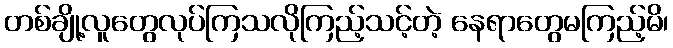
တစ်ချို့လူတွေလုပ်ကြသလိုကြည့်သင့်တဲ့ နေရာတွေမကြည့်မိ၊